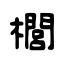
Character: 櫚